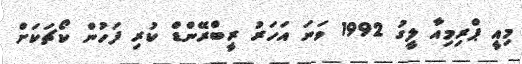
މިއީ ޕްރިމިއާ ލީގު 1992 ވަނަ އަހަރު ރީބްރޭންޑް ކުރި ފަހުން ކޯޗަކަށް